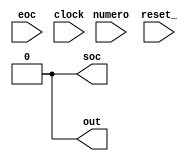
module XXX (
    soc, eoc, numero,
    clock, reset_,
    out
);
    output soc;
    input eoc;
    input[7:0] numero;

    input clock, reset_;
    output out;

    reg SOC; assign soc = SOC;
    reg OUT; assign out = OUT;

    reg[7:0] COUNT;
    reg[7:0] NUM;

    reg[1:0] STAR;
    localparam S0 = 0, S1 = 1, S2 = 2, S3 = 3;

    always @(reset_ == 0) #1
    begin
        SOC <= 0;
        OUT <= 0;
        NUM <= 6;
        COUNT <= 5;
        STAR <= S0;
    end

    always @(posedge clock) if (reset_ == 1) #3
    casex (STAR)
    S0: begin
        COUNT <= COUNT - 1;
        STAR <= (COUNT == 1) ? S1 : S0;
    end 
    S1: begin
        COUNT <= NUM;
        OUT <= 1;
        STAR <= S2;
    end

    S2: begin
        COUNT <= COUNT - 1;
        SOC <= 1;
        STAR <= (eoc == 0) ? S3 : S2;
    end
    S3: begin
        COUNT <= (COUNT == 1) ? (NUM - 1) : COUNT - 1;
        NUM <= (eoc == 1) ? numero : NUM;
        SOC <= 0; 
        OUT <= (COUNT == 1) ? 0 : OUT;
        STAR <= (COUNT == 1) ? S0 : S3;
    end

    endcase

endmodule